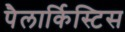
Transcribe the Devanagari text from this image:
पैलार्किस्टिस